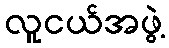
လူငယ်အဖွဲ့